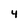
Character: 4